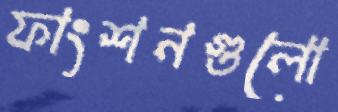
ফাংশনগুলো